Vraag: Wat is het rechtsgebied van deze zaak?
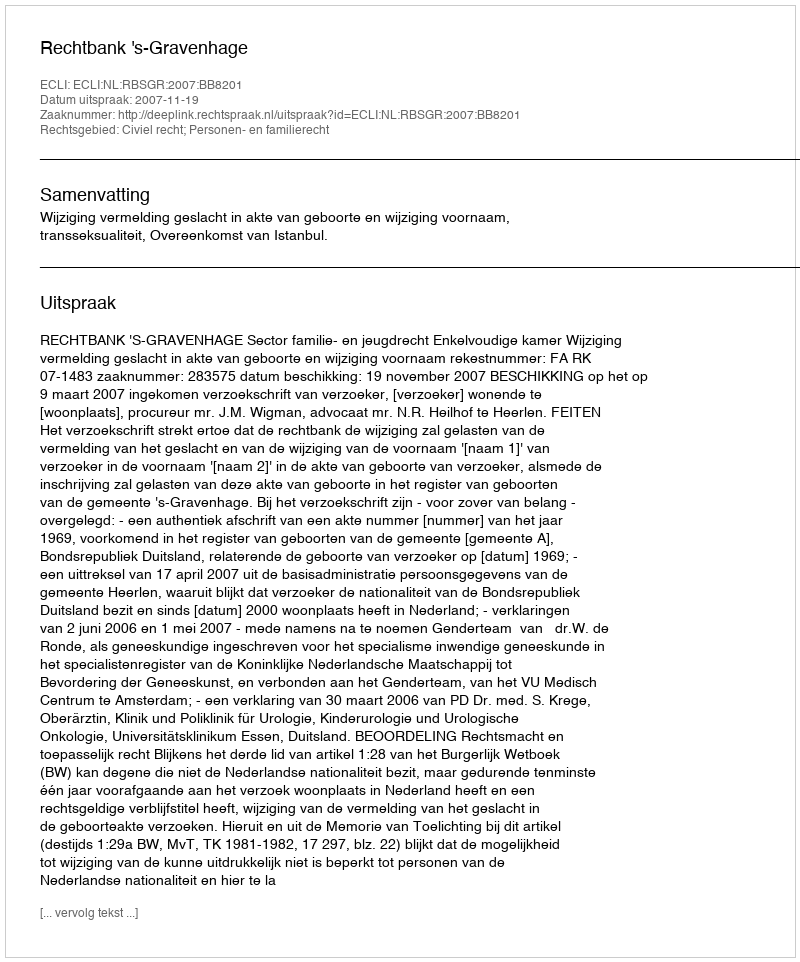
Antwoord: Civiel recht; Personen- en familierecht